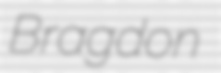
Bragdon